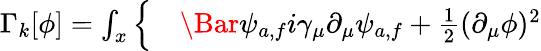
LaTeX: \begin{array}{rl}{\Gamma_{k}[\phi]=\int_{x}\Big\{ }&{{}\Bar{\psi}_{a,f}i\gamma_{\mu}\partial_{\mu}\psi_{a,f}+\frac{1}{2}(\partial_{\mu}\phi)^{2}}\end{array}